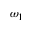
\omega _ { 1 }